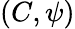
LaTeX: (C,\psi)